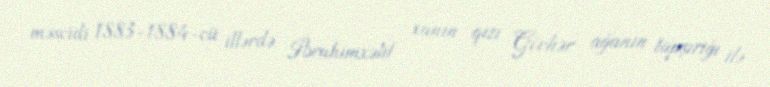
məscidi 1883-1884-cü illərdə İbrahimxəlil xanın qızı Gövhər ağanın tapşırığı ilə